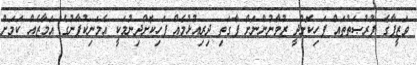
ވަޒީފާގެ ފުރުޞަތުތައް ފަހިކޮށްދީ ޒުވާނުންނަށް ފާގަތި ދިރިއުޅުމެއް ފަހިކޮށްދިނުމަކީ އެމަނިކުފާނުގެ އަމާޒެއް ކަމަށް